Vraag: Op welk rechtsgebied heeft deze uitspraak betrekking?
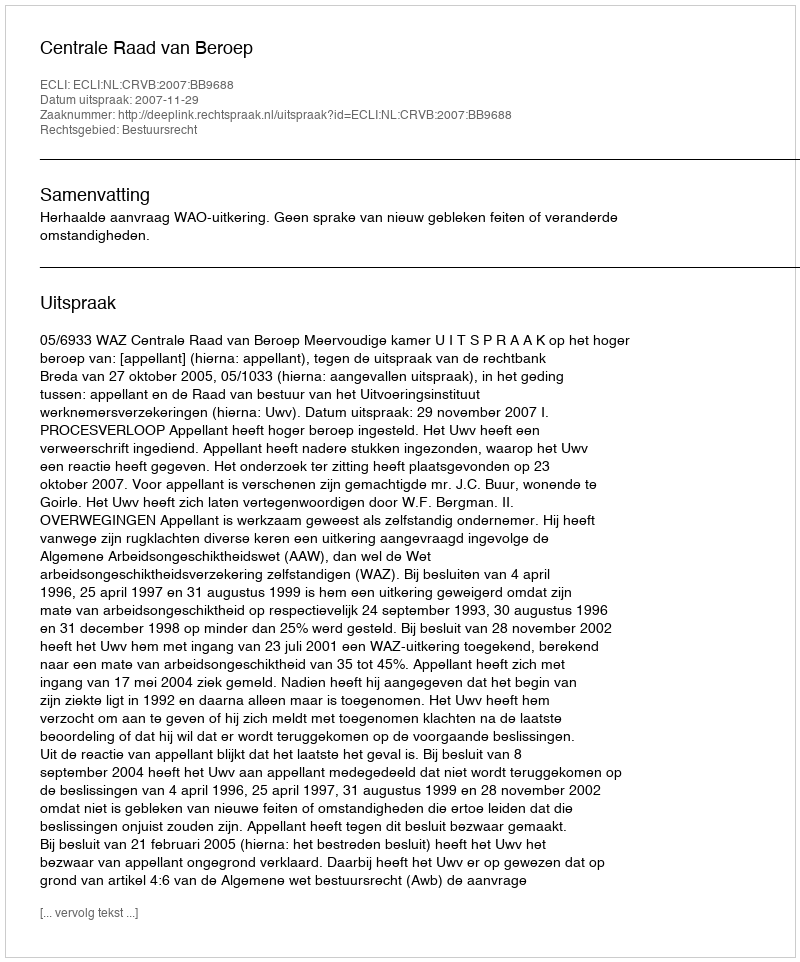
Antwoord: Bestuursrecht